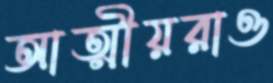
আত্মীয়রাও